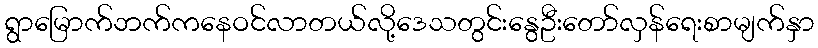
ရွာမြောက်ဘက်ကနေဝင်လာတယ်လို့ဒေသတွင်းနွေဦးတော်လှန်ရေးစာမျက်နှာ